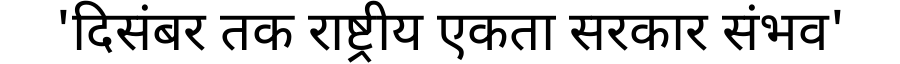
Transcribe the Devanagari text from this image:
'दिसंबर तक राष्ट्रीय एकता सरकार संभव'